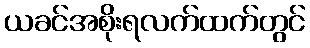
ယခင်အစိုးရလက်ထက်တွင်